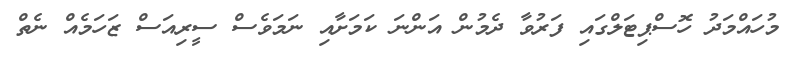
މުހައްމަދު ހޮސްޕިޓަލްގައި ފަރުވާ ދެމުން އަންނަ ކަމަށާއި ނަމަވެސް ސީރިއަސް ޒަހަމެއް ނެތް